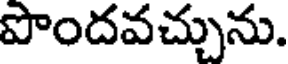
పొందవచ్చును.